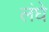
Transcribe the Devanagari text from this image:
लंघे